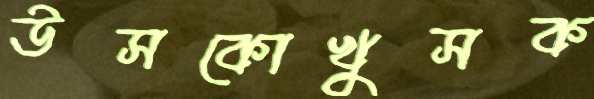
উসকোখুসক